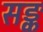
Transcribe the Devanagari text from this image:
सङ्क